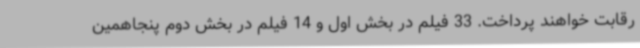
رقابت خواهند پرداخت. 33 فیلم در بخش اول و 14 فیلم در بخش دوم پنجاهمین